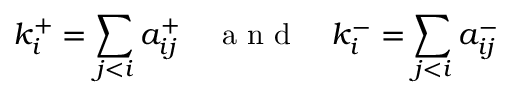
k _ { i } ^ { + } = \sum _ { j < i } a _ { i j } ^ { + } \quad \mathrm { ~ a ~ n ~ d ~ } \quad k _ { i } ^ { - } = \sum _ { j < i } a _ { i j } ^ { - }